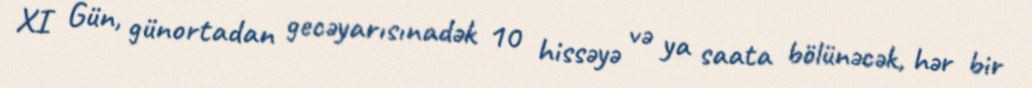
XI Gün, günortadan gecəyarısınadək 10 hissəyə və ya saata bölünəcək, hər bir